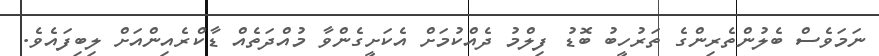
ނަމަވެސް ބެލުންތެރިންގެ ތަރުހީބު ބޮޑު ފިލްމު ދެއްކުމަށް އެކަށީގެންވާ މުއްދަތެއް ޑާކްރެއިންއަށް ލިބިފައެވެ.